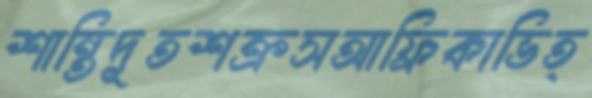
শান্তিদূতশক্রসআফ্রিকাভিত্